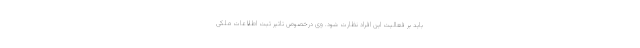
باید بر فعالیت این افراد نظارت شود. وی درخصوص تاثیر ثبت اطلاعات ملکی